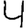
Digit: 4